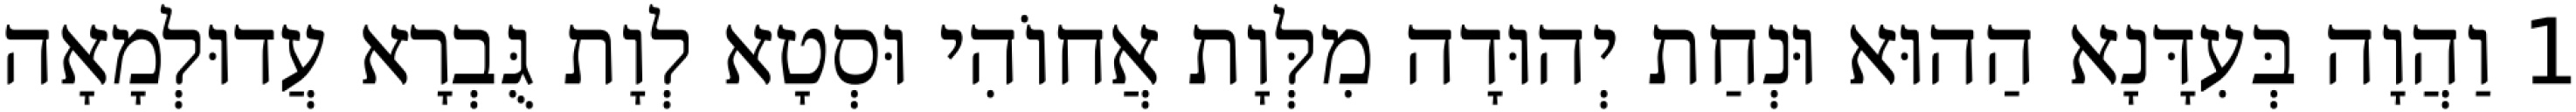
1 וַהֲוָה בְּעִדָּנָא הַהוּא וּנְחַת יְהוּדָה מִלְּוָת אֲחוֹהִי וּסְטָא לְוָת גֻּבְרָא עֲדוּלְמָאָה